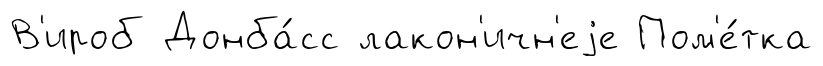
В'ироб Донба́сс лакон'ичн'еjе Пом'е́тка